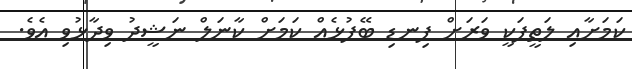
ކަމަށާއި ލަތީފަކީ ވަރަށް ފިނޑި ބޭފުޅެއް ކަމަށް ކާނަލް ނަޝީދު ވިދާޅުވި އެވެ.